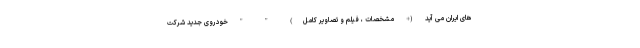
های ایران می آید (+ مشخصات ، فیلم و تصاویر کامل) " " خودروی جدید شرکت